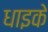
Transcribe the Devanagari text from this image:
धाइके